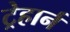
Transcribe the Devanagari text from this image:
ट्रेहार्न